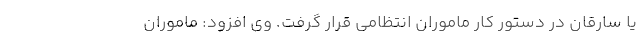
یا سارقان در دستور کار ماموران انتظامی قرار گرفت. وی افزود: ماموران